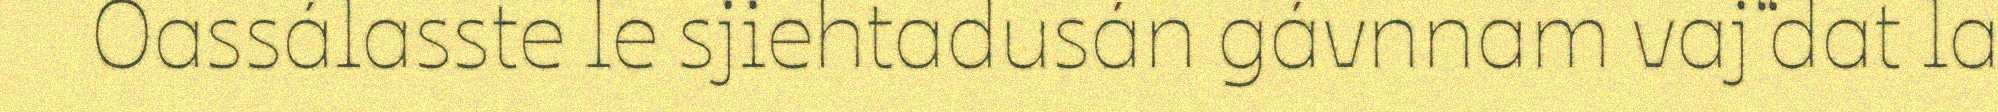
Oassálasste le sjiehtadusán gávnnam vaj“dat la